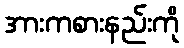
အားကစားနည်းကို